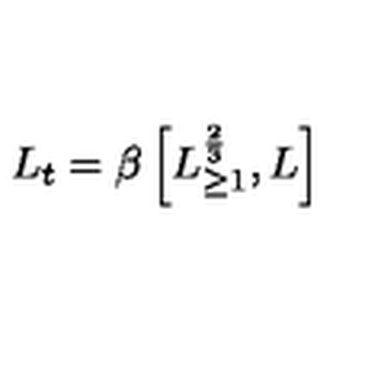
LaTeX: L _ { t } = \beta \left[ L _ { \geq 1 } ^ { \frac { 2 } { 3 } } , L \right]